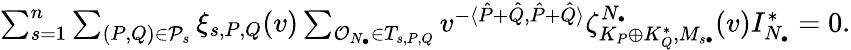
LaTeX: \begin{array}{r}{\sum_{s=1}^{n}\sum_{(P,Q)\in{\mathcal P}_{s}}\xi_{s,P,Q}(v)\sum_{{\mathcal O}_{N_{\bullet}}\in T_{s,P,Q}}v^{-\langle\hat{P}+\hat{Q},\hat{P}+\hat{Q}\rangle}\zeta_{K_{P}\oplus K_{Q}^{*},M_{s\bullet}}^{N_{\bullet}}(v)I_{N_{\bullet}}^{*}=0.}\end{array}